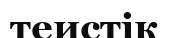
теистік